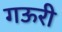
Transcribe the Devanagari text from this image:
गऊरी